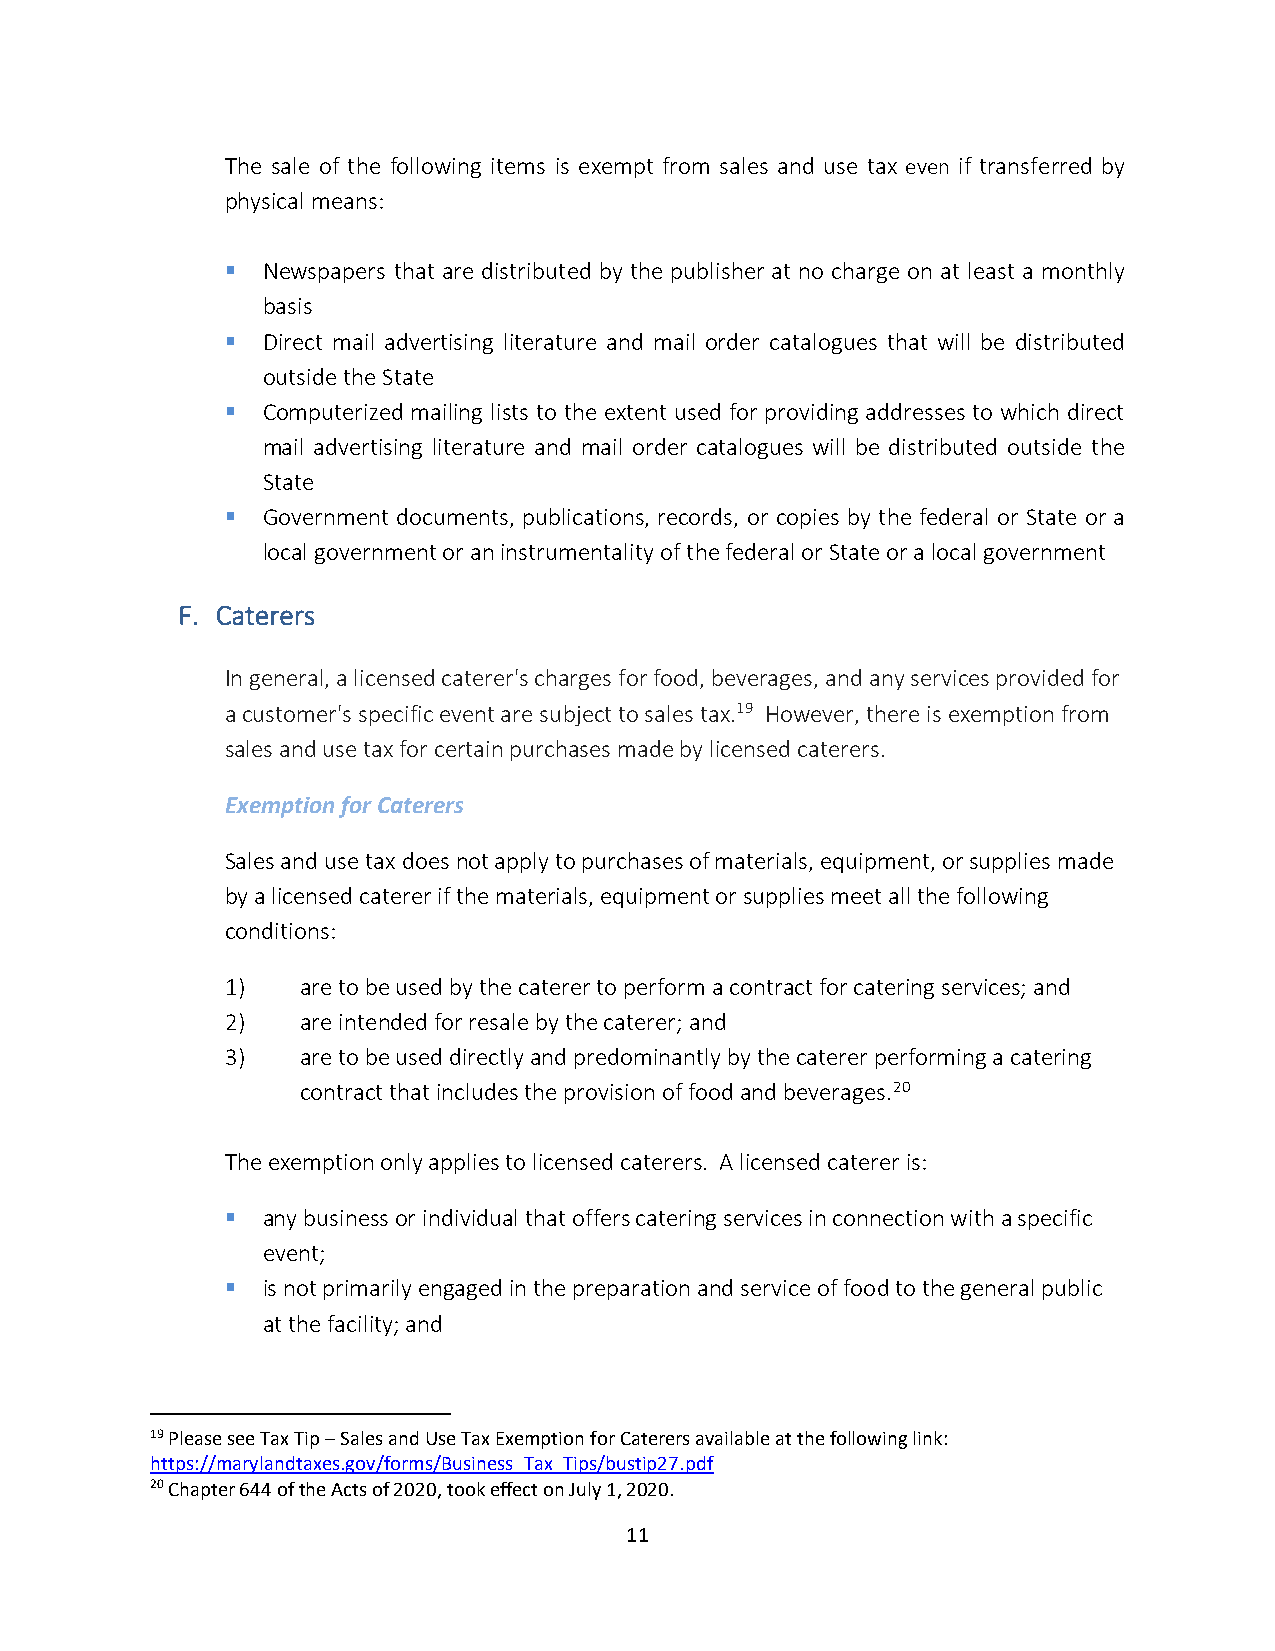
The sale of the following items is exempt from sales and use tax even if transferred by
 physical means:
 ▪ Newspapers that are distributed by the publisher at no charge on at least a monthly
 basis
 ▪ Direct mail advertising literature and mail order catalogues that will be distributed
 outside the State
 ▪ Computerized mailing lists to the extent used for providing addresses to which direct
 mail advertising literature and mail order catalogues will be distributed outside the
 State
 ▪ Government documents, publications, records, or copies by the federal or State or a
 local government or an instrumentality of the federal or State or a local government
 F. Caterers
 In general, a licensed caterer's charges for food, beverages, and any services provided for
 a customer's specific event are subject to sales tax.19 However, there is exemption from
 sales and use tax for certain purchases made by licensed caterers.
 Exemption for Caterers
 Sales and use tax does not apply to purchases of materials, equipment, or supplies made
 by a licensed caterer if the materials, equipment or supplies meet all the following
 conditions:
 1)   are to be used by the caterer to perform a contract for catering services; and
 2)   are intended for resale by the caterer; and
 3)   are to be used directly and predominantly by the caterer performing a catering
 contract that includes the provision of food and beverages.20
 The exemption only applies to licensed caterers. A licensed caterer is:
 ▪ any business or individual that offers catering services in connection with a specific
 event;
 ▪ is not primarily engaged in the preparation and service of food to the general public
 at the facility; and
 19 Please see Tax Tip – Sales and Use Tax Exemption for Caterers available at the following link:
 https://marylandtaxes.gov/forms/Business_Tax_Tips/bustip27.pdf
 20 Chapter 644 of the Acts of 2020, took effect on July 1, 2020.
 11